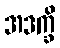
အဒက္ခိ